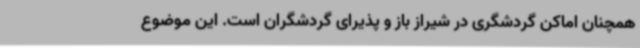
همچنان اماکن گردشگری در شیراز باز و پذیرای گردشگران است. این موضوع